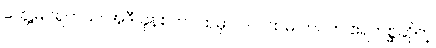
တွေ့မြင်ရတယ်၊ အဲဒီ ခုနစ်ဘဝထဲမှာ ၁။ ပထမ ဘဝက ဧရကစ္ဆဆိုတဲ့